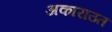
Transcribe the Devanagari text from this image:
अकाराउत